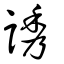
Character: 誘